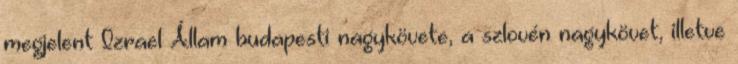
megjelent Izrael Állam budapesti nagykövete, a szlovén nagykövet, illetve